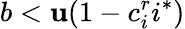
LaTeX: b<\mathbf{u}(1-c_{i}^{r}i^{*})